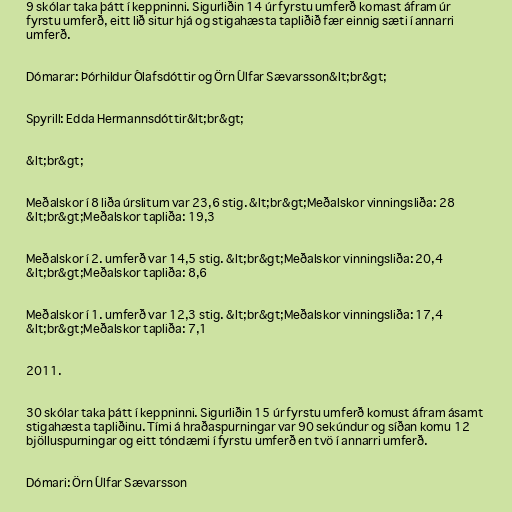
9 skólar taka þátt í keppninni. Sigurliðin 14 úr fyrstu umferð komast áfram úr
fyrstu umferð, eitt lið situr hjá og stigahæsta tapliðið fær einnig sæti í annarri
umferð.

Dómarar: Þórhildur Ólafsdóttir og Örn Úlfar Sævarsson&lt;br&gt;

Spyrill: Edda Hermannsdóttir&lt;br&gt;

&lt;br&gt;

Meðalskor í 8 liða úrslitum var 23,6 stig. &lt;br&gt;Meðalskor vinningsliða: 28
&lt;br&gt;Meðalskor tapliða: 19,3

Meðalskor í 2. umferð var 14,5 stig. &lt;br&gt;Meðalskor vinningsliða: 20,4
&lt;br&gt;Meðalskor tapliða: 8,6

Meðalskor í 1. umferð var 12,3 stig. &lt;br&gt;Meðalskor vinningsliða: 17,4
&lt;br&gt;Meðalskor tapliða: 7,1

2011.

30 skólar taka þátt í keppninni. Sigurliðin 15 úr fyrstu umferð komust áfram ásamt
stigahæsta tapliðinu. Tími á hraðaspurningar var 90 sekúndur og síðan komu 12
bjölluspurningar og eitt tóndæmi í fyrstu umferð en tvö í annarri umferð.

Dómari: Örn Úlfar Sævarsson